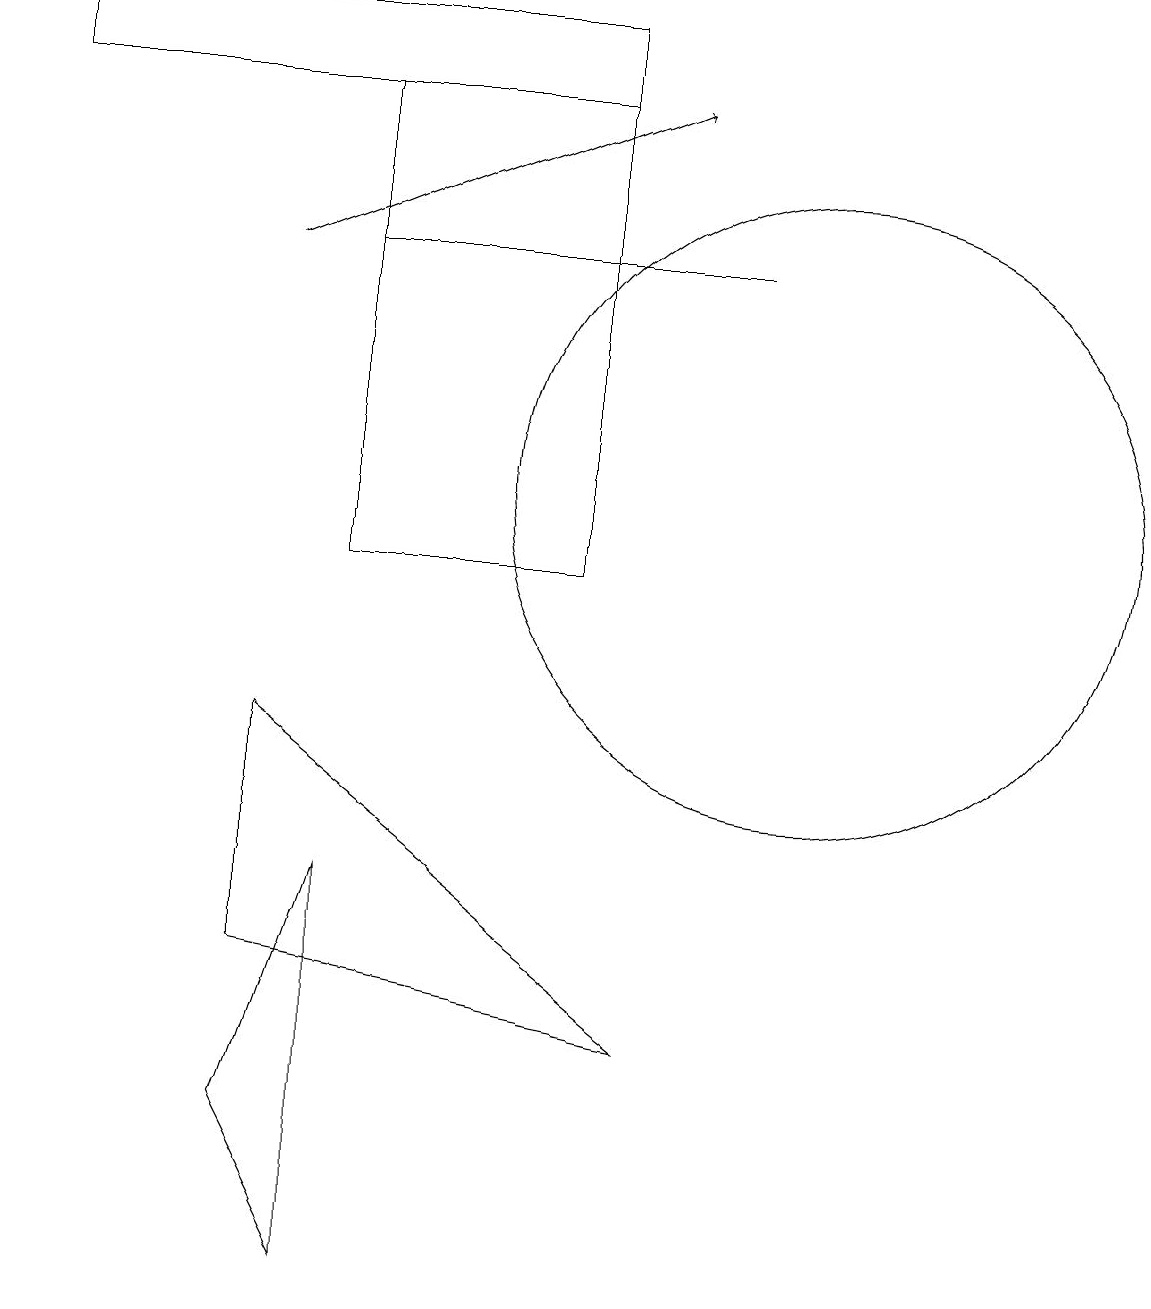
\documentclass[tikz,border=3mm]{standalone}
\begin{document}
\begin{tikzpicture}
\draw (10,11) circle (4);
\draw[->] (3,14) -- (8,16);
\draw (10,10) circle (0);
\draw (4,14) rectangle (9,14);
\draw (8,4) -- (3,5) -- (3,8) -- cycle;
\draw (7,16) rectangle (4,10);
\draw (4,6) -- (3,3) -- (4,1) -- cycle;
\draw (0,16) rectangle (7,17);
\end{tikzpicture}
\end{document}